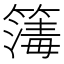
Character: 𥳻